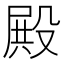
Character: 殿